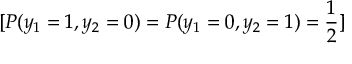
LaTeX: [ P ( y _ { 1 } = 1 , y _ { 2 } = 0 ) = P ( y _ { 1 } = 0 , y _ { 2 } = 1 ) = { \frac { 1 } { 2 } } ]